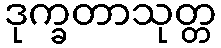
ဒုက္ခတာသုတ္တ